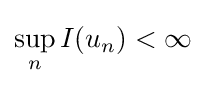
\sup _{n}I(u_{n})<\infty